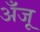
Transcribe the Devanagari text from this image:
अँजू